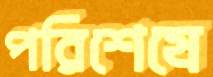
পরিশেষে